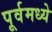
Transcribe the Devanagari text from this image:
पूर्वमध्ये